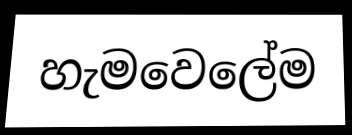
හැමවෙලේම